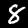
Label: 8